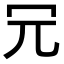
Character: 𠕶